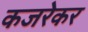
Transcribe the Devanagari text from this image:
कजरेकर